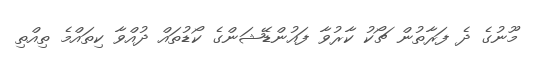
މޫނުގެ ދެ ފަރާތުން ޗޯކު ކާރުވާ ފައުންޑޭޝަންގެ ކޯޑުތައް ދުއްވާ ކިތައްމެ ތިއްތި